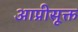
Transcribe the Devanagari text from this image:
आप्रीसूक्त